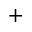
+